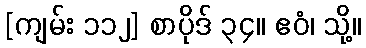
[ကျမ်း ၁၁၂] စာပိုဒ် ၃၄။ ဧဝံ၊ သို့။